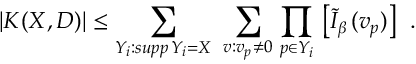
\left. | K ( X , D ) | \leq \sum _ { Y _ { i } : s u p p \, Y _ { i } = X } \ \sum _ { v : v _ { p } \neq 0 } \, \prod _ { p \in Y _ { i } } \, \left[ \tilde { I } _ { \beta } \, ( v _ { p } ) \right] \right. \ .